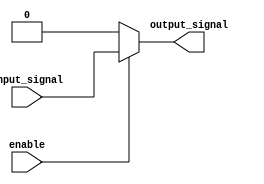
module buffer_enable (
    input wire input_signal,
    input wire enable,
    output reg output_signal
);

always @(*)
begin
    if (enable)
        output_signal = input_signal;
    else
        output_signal = 0;
end

endmodule